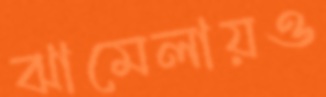
ঝামেলায়ও